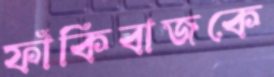
ফাঁকিবাজকে